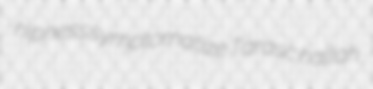
hipness symptomatize Tarasc hallah